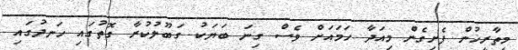
މިތާރީޚުން ފެށިގެން މިއަދާ ހަމައަށް ވެސް ގިނަ ބަޔަކު ގަބޫލުކުރާ ގޮތުގައި ހަނދުގައި